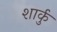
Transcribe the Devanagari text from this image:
शार्कु